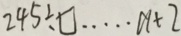
2 4 5 \div \square \cdots a + 2